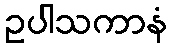
ဥပါသကာနံ